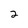
Character: 2